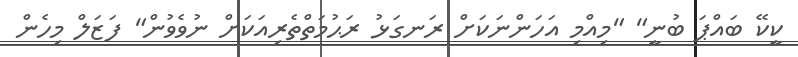
ކީކޭ ބައްޕަ ބުނީ" "މިއްމި އަހަންނަކަށް ރަނގަޅު ރަޙުމަތްތެރިއަކަށް ނުވެވުން" ފަޒަލް މިހެން